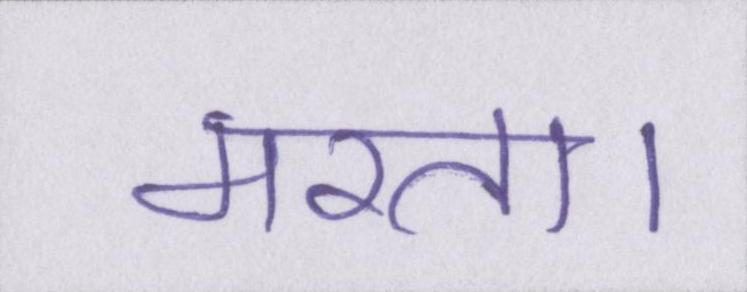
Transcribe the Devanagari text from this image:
मरता।